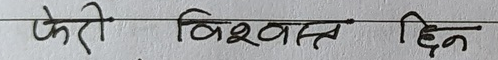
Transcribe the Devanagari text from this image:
फेरी बिस्वस्त दिन